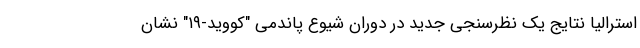
استرالیا نتایج یک نظرسنجی جدید در دوران شیوع پاندمی "کووید-۱۹" نشان